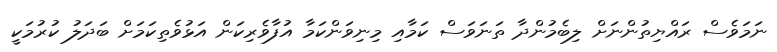
ނަމަވެސް ރައްޔިތުންނަށް ލިބެމުންދާ ތަނަވަސް ކަމާއި މިނިވަންކަމާ އުފާވެރިކަން އަޅުވެތިކަމަށް ބަދަލު ކުރުމަކީ